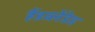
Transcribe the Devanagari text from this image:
हैंडब्लेंडेड